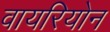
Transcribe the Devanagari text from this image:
वायरियोन